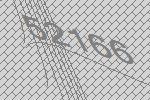
52166